Vabadussoja_Ajaloo_Komitee, lk 17
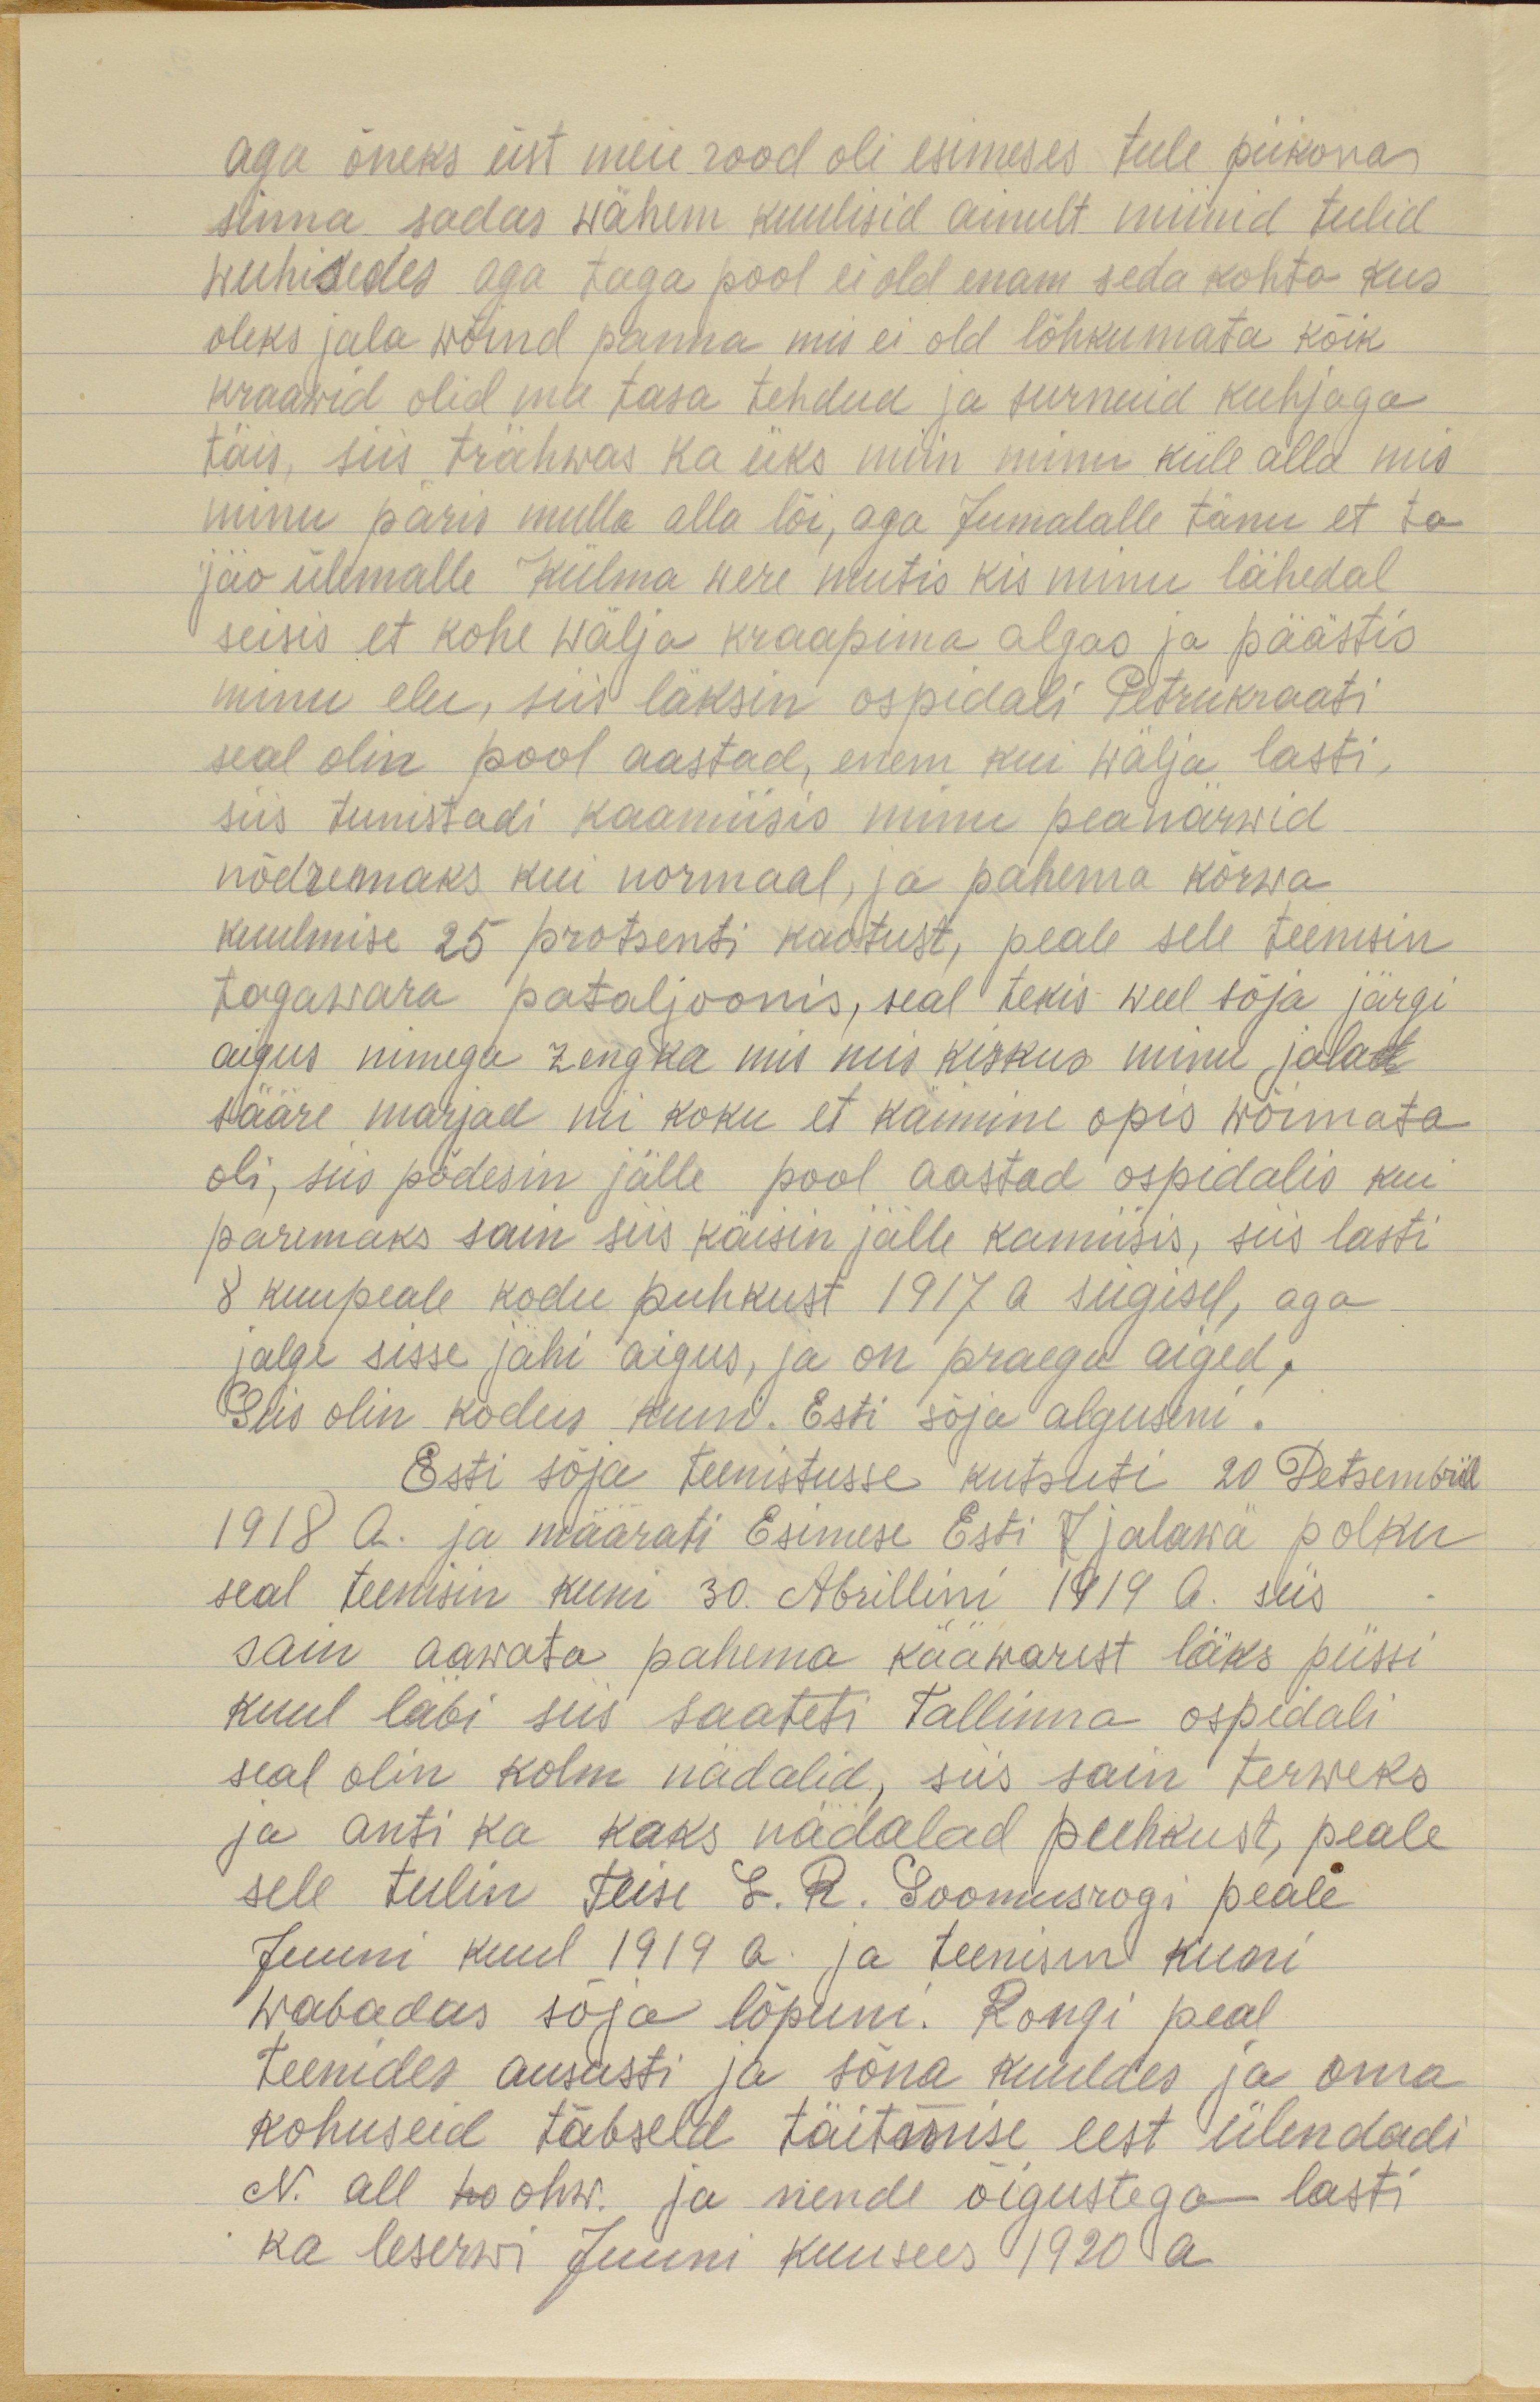
aga õneks üst meie rood oli esimeses tule piikonas
sinna sadas wähem kuulisid ainult miinid tulid
wuhisedes aga taga pool ei old enam seda kohta kus
oleks jala wõind panna mis ei old lõhkumata kõik
kraawid olid ma tasa tehdud ja surnuid kuhjaga
täis, siis trähwas ka üks miin minu küle alla mis
minu päris mulla alla lõi, aga Jumalalle tänu et ta
jäo ülemalle külma were mutis kis minu lähedal
seisis et kohe wälja kraapima algas ja päästis
minu elu, siis läksin ospidali Petrukraati
seal olin pool aastad, enem kui wälja lasti,
siis tunistadi kaamiisis minu peanärwid
nõdremaks kui normaal, ja pahema kõrwa
kuulmise 25 protsenti kaotust, peale sele teenisin
tagawara pataljoonis, seal tekis weel sõja järgi
aigus nimega zengka mis kui kiskus minu jalad
sääre marjad nii koku et käimine opis wõimata
oli, siis põdesin jälle pool aastad ospidalis kui
paremaks sain siis käisin jälle kamiisis, siis lasti
8 kuupeale kodu puhkust 1917 a sügisel, aga
jalge sisse jahi aigus, ja on praegu aiged,
Siis olin kodus kuni. Esti sõja alguseni.
Esti sõja teenistusse kutsuti 20 Detsembril
1918 A. ja määrati Esimese Esti J jalawä polku
seal teenisin kuni 30. Abrillini 1919 A. siis
sain aawata pahema kääwarest läks püssi
kuul läbi siis saateti Tallinna ospidali
seal olin kolm nädalid, siis sain terweks
ja anti ka kaks nädalad puhkust, peale
sele tulin teise L. R. Soomusrogi peale
Juuni kuul 1919 a. ja teenisin kuni
wabadus sõja lõpuni. Rongi peal
teenides ausasti ja sõna kuuldes ja oma
kohuseid täbseld täitmise eest ülendadi
N. all wo ohw. ja nende õigustega lasti
ka leserwi Juuni kuu sees 1920 a